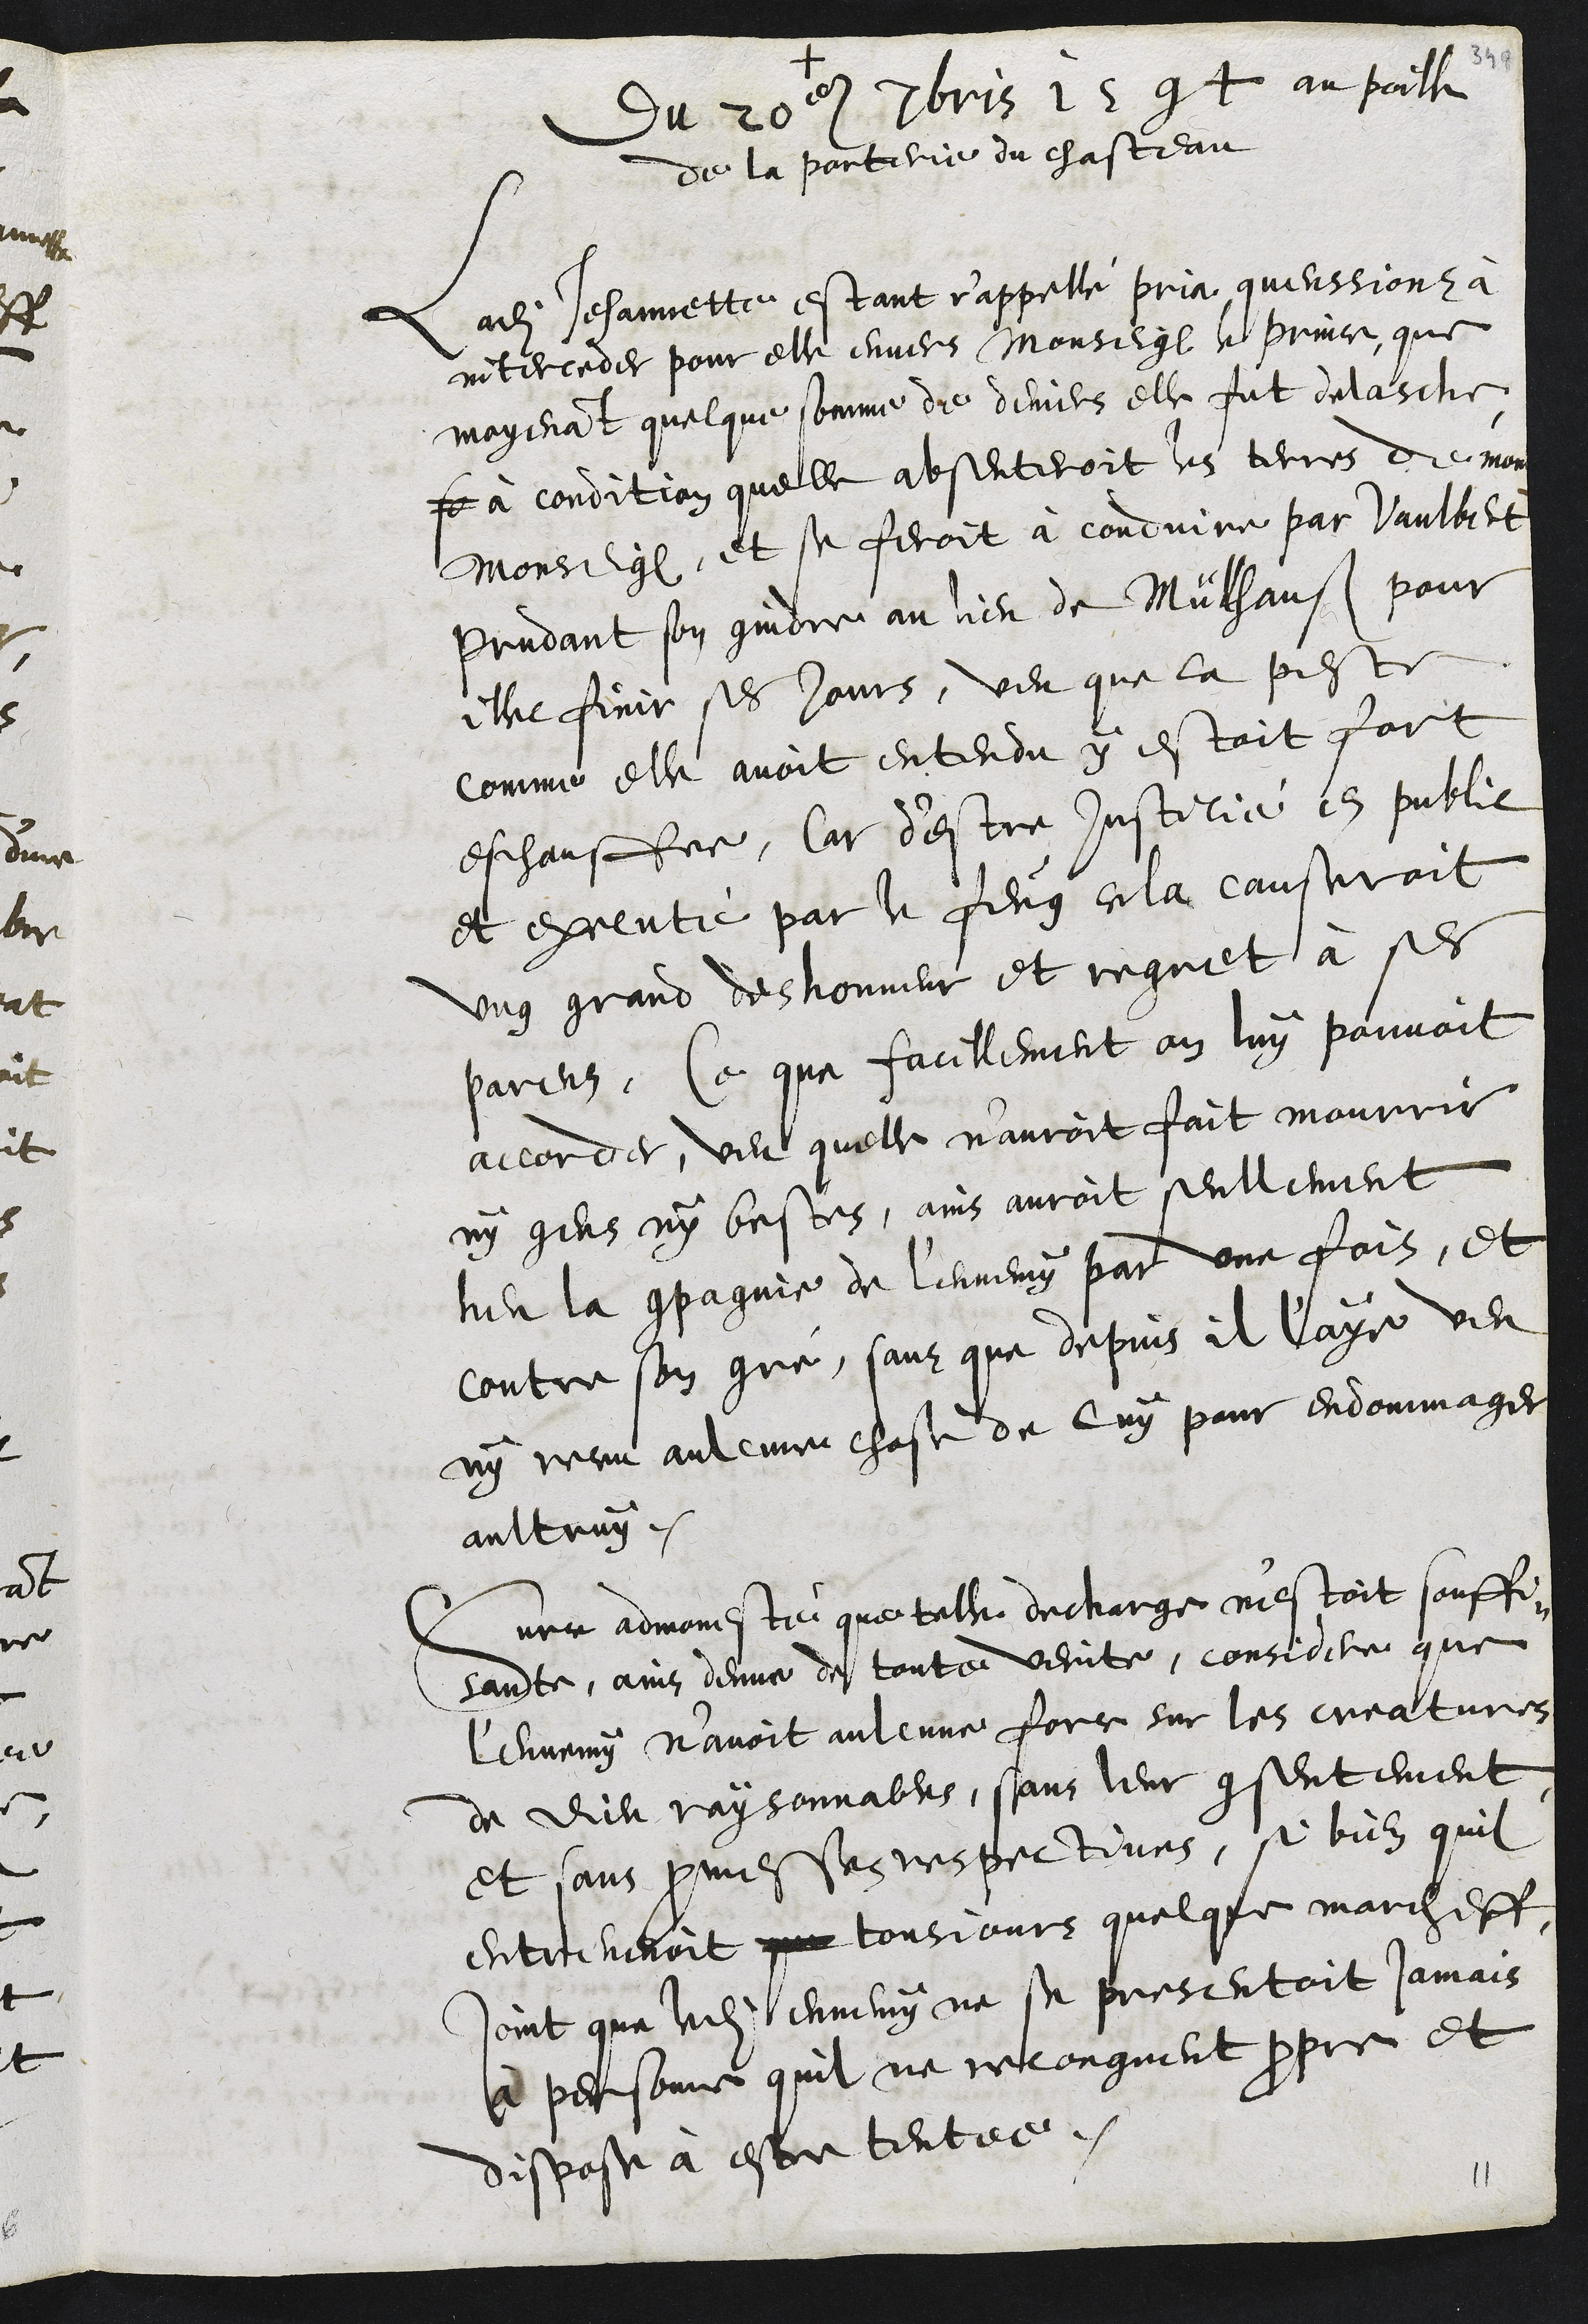
+
Du 20e 7bris 1594 au poille
de la porterie du chasteau
Ladite Jehannette estant r'appellé pria queussions à
interceder pour elle envers Monseigneur le prince, que
moyenant quelque somme de deniers elle fut delasche
se à condition quelle absenteroit les terres de mon
Monseigneur, et se feroit à conduire par Vaulbert
Prudant son gindre au lieu de Müllhausen pour
illec finir ses jours, veu que la peste
comme elle avoit entendu y estoit fort
eschauffee, Car d'estre Justicié en public
et executé par le feug cela causeroit
ung grand deshonneur et regret à ses
parens, Ce que facillement on luy pouvoit
accorder, veu quelle n'auroit fait mourrir
ny gens ny bestes, ains auroit seullement
heu la compagnie de l'ennemy par une fois, et
contre son gré, sans que depuis il l'aye veu
ny receu aulcune chose de luy pour endommager
aultruy.
Surce admonesté que telle decharge n'estoit souffi¬
sante, ains denue de toute verite, considere que
l'ennemy n’avoit aulcune force sur les creatures
de Dieu raysonnables, sans leur consentement
et sans promesses respectivees, si bien quil
entrevenoit que tousjours quelque marcheff
Joint que ledit ennemy ne se presentoit jamais
à personne quil ne recongneut propre et
dispose à estre tentee.
11